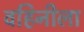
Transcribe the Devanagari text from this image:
वहिनीला